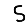
Digit: 5